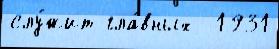
слу́жит гла́вных  1931